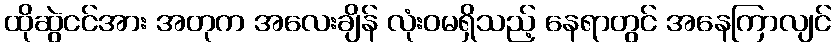
ထိုဆွဲငင်အား အတုက အလေးချိန် လုံးဝမရှိသည့် နေရာတွင် အနေကြာလျင်